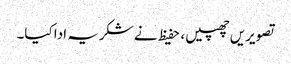
تصویریں چھپیں ، حفیظ نے شکریہ ادا کیا۔